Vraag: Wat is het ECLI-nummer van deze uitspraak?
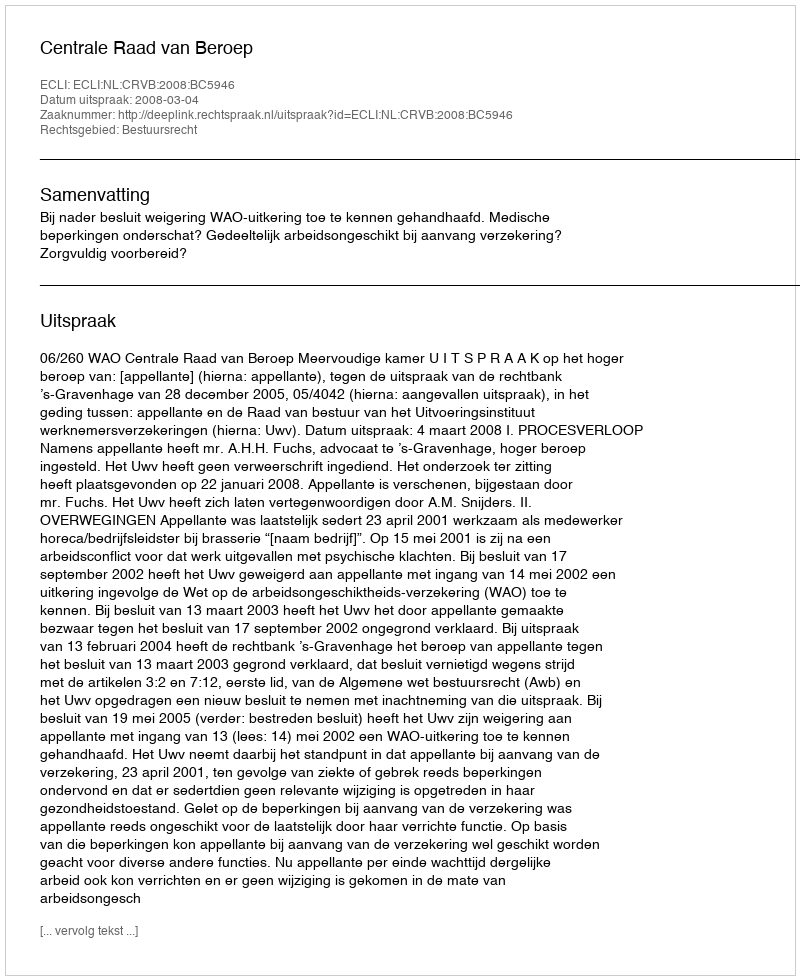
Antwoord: ECLI:NL:CRVB:2008:BC5946